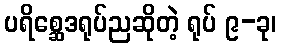
ပရိစ္ဆေဒရုပ်ညဆိုတဲ့ ရုပ် ၉-ခု၊